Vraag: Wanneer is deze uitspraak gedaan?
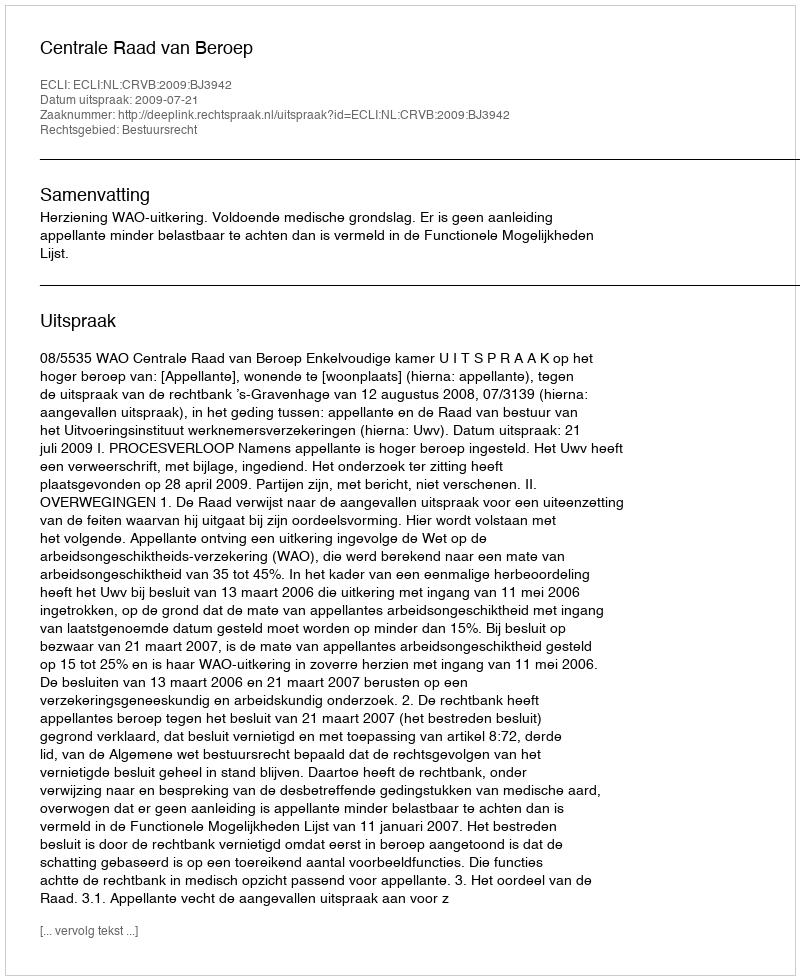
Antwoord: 2009-07-21